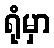
ရုံမှာ